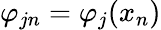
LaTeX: \varphi_{jn}=\varphi_{j}(x_{n})